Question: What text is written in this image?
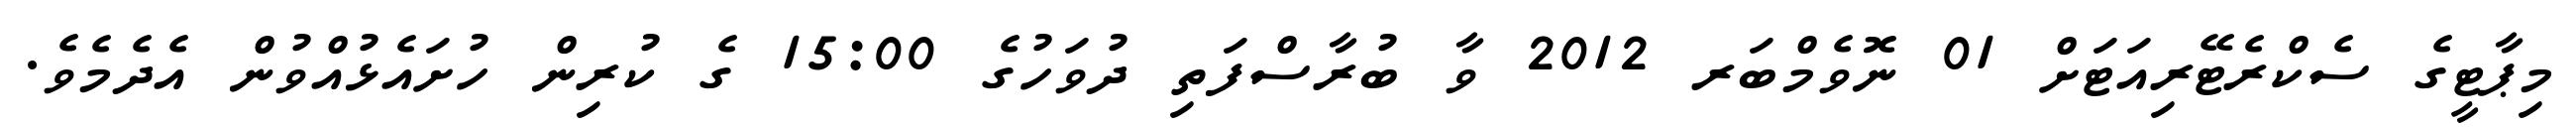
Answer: މިޕާޓީގެ ސެކްރެޓޭރިއަޓަށް 01 ނޮވެމްބަރ 2012 ވާ ބުރާސްފަތި ދުވަހުގެ 15:00 ގެ ކުރިން ހުށައެޅުއްވުން އެދެމެވެ.